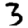
Digit: 3